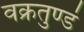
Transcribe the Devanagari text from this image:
वक्रतुण्डं